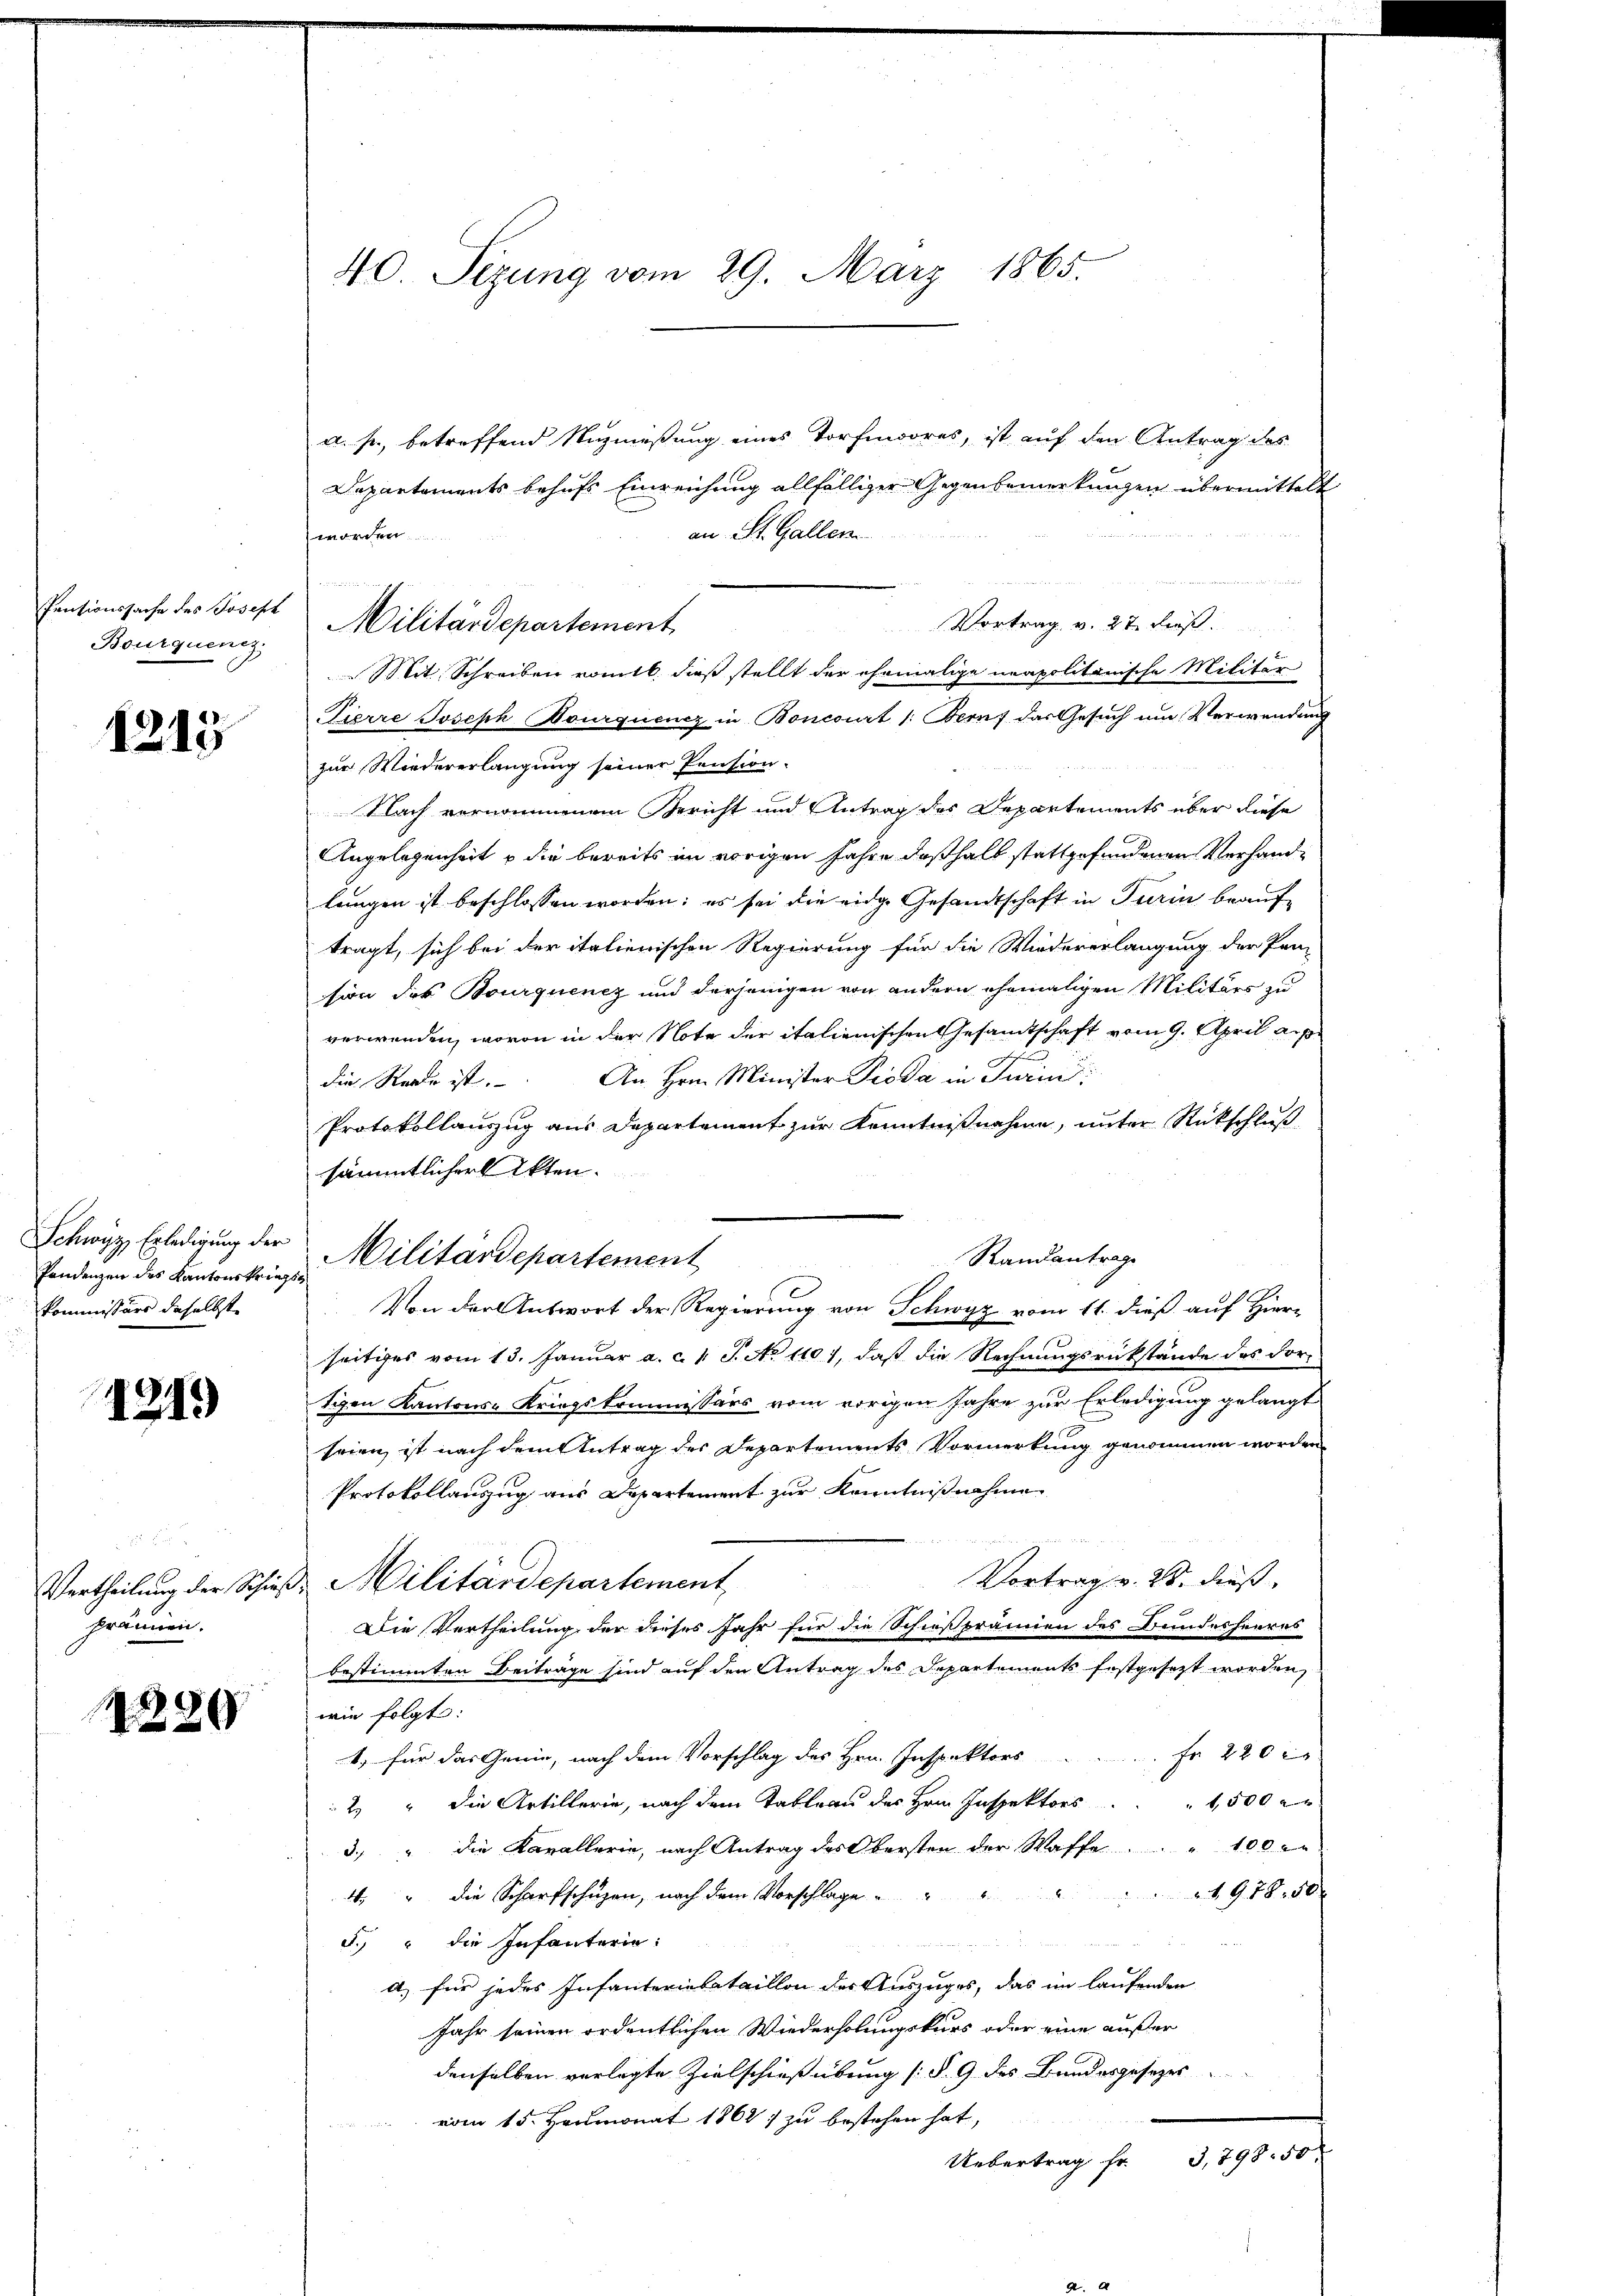
Pensionssache des Joseph
Bourquenz

1213

Pendenzen des Kantonskriegskommissärs daselbst.

1219

x
Vertheilung der Schieprännen.

1880

40. Sezung vom 29. März 1865.

a. p., betreffend Nuzmeßung eines Torfmoores, ist auf den Antrag des
Departements behufs Einreichung allfälliger Gegenbemerkungen übermittelt
an St. Gallen
worden.
Vortrag v. 27. Frist.
Pierre Joseph Dourquenz in Boncourt /: Beruf das Gesuch um Verwendung
zur Wiedererlangung seiner Pension.
Nach vernommenem Bericht und Antrag des Departements über diese
Angelegenheit u die bereits im vorigen Jahre deßhalb stattgefundenen Verhandlungen ist beschlossen worden; es sei die eidge Gesandtschaft in Turin beauftragt, sich bei der italienischen Regierung für die Wiedererlangung der Prä-
sion des Bourquenz und derjenigen von andern ehemaligen Militärs zu
verwenden, wovon in der Note der italienischen Gesandtschaft vom 9. April auf
die Rede ist. An Hrn. Minister Pioda in Turin
Protokollauszug aus Departement zur Kenntnißnahme, unter Rückschluß
sämmtlicher Akten.
Standantrage
.
Von der Antwort der Regierung von Schwyz vom 11. dieß auf Herrn
seitiges vom 13. Januar a. c. l. J. No 1101, daß die Rechnungsrükstände des dortigen Kantons-Kriegskommissärs vom vorigen Jahre zur Erledigung gelangt
seien ist nach dem Antrag des Departements Vormerkung genommen worden
Protokollauszug aus Departement zur Kenntnißnahme
Vortrag v. 28. dieß
Dr. Militärdepartement
Die Vertheilung der dieses Jahr für die Schießprämien des Bundesheeres
bestimmten Beiträge sind auf den Antrag des Departements festgesezt worden,
wie folgt:
1. für das Genie, nach dem Vorschlag des Hrn. Inspektors ..... fr. 220
2 " die Artillerie, nach dem Tableau des Hrn. Inspektors                 1,500
3. " die Karallerie, nach Antrag des Obersten der Waffe. " 100
1978. 50
4 " die Scharfschuzen, nach dem Vorschlage
5.) " die Infanterie:
u
a) für jedes Infanterietataillon des Auszuges, das im laufenden
Jahr seinen ordentlichen Wiederholungskurs oder eine außer
denselben verlegte Zielschießübung (§ 9 des Bundesgesezes
vom 15. Heumonat 1862) zu bestehen hat,
G,798. 50
Uebertrag Er

Militärdepartement

Schwyz, Erledigung der Militärdepartement

Mit Schreiben romtl. dieß stellt der ehemalige unapolitanische Militär